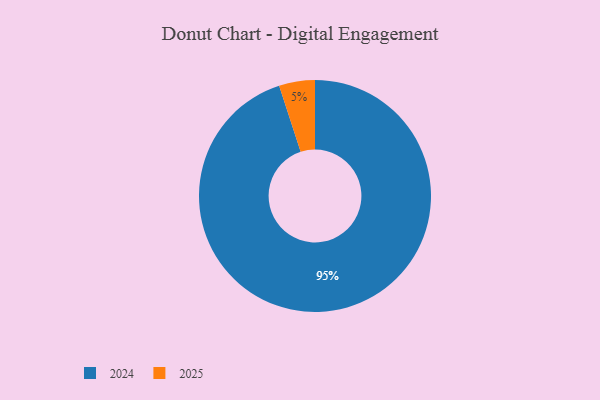
{"axis": {"x": "Category", "y": "Percentage"}, "legend": ["2024", "2025"], "data": [{"x": "2024", "y": 95, "type": "2024"}, {"x": "2025", "y": 5, "type": "2025"}]}